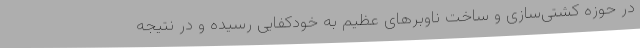
در حوزه کشتی‌سازی و ساخت ناوبرهای عظیم به خودکفایی رسیده و در نتیجه